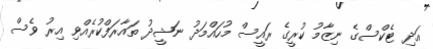
އަދި ޓެކްސްގެ ނިޒާމު ކުރީގެ ރައީސް މުހައްމަދު ނަޝީދު ތައާރަފްކުރެއްވި އިރު ވެސް